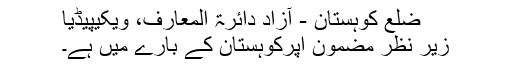
ضلع کوہستان - آزاد دائرۃ المعارف، ویکیپیڈیا
زیر نظر مضمون اپرکوہستان کے بارے میں ہے۔